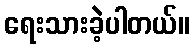
ရေးသားခဲ့ပါတယ်။